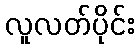
လူလတ်ပိုင်း